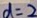
d = 2